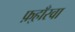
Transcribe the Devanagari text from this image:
फ़्हाँस्वा